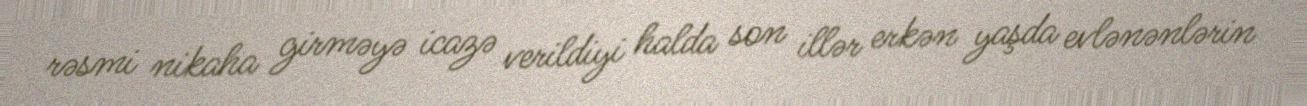
rəsmi nikaha girməyə icazə verildiyi halda son illər erkən yaşda evlənənlərin